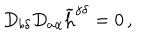
D _ { b \delta } D _ { a \alpha } \tilde { \mathrm { h } } ^ { \dot { \gamma } \delta } = 0 \, ,